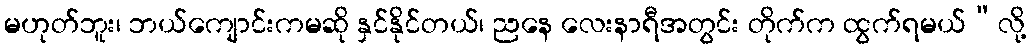
မဟုတ်ဘူး၊ ဘယ်ကျောင်းကမဆို နှင်နိုင်တယ်၊ ညနေ လေးနာရီအတွင်း တိုက်က ထွက်ရမယ်”လို့